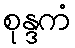
စုန္ဒကံ